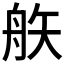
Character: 𥎻